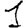
Digit: 1